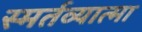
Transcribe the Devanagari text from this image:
स्मर्तव्यात्मा